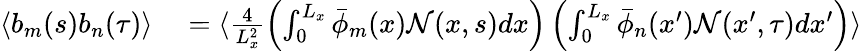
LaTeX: \begin{array}{rl}{\langle b_{m}(s)b_{n}(\tau)\rangle}&{{}=\langle\frac{4}{L_{x}^{2}}\left(\int_{0}^{L_{x}}\bar{\phi}_{m}(x)\mathcal{N}(x,s)dx\right)\left(\int_{0}^{L_{x}}\bar{\phi}_{n}(x^{\prime})\mathcal{N}(x^{\prime},\tau)dx^{\prime}\right)\rangle}\end{array}